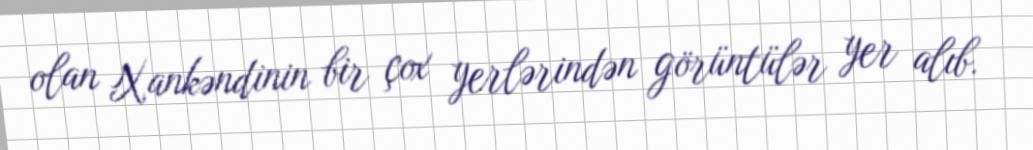
olan Xankəndinin bir çox yerlərindən görüntülər yer alıb.